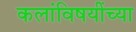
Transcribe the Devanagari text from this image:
कलांविषयींच्या